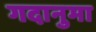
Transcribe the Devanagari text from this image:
गदानुमा